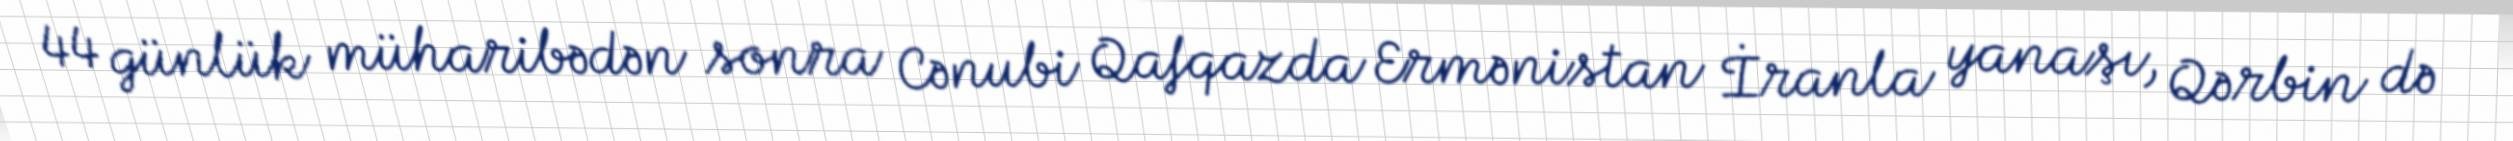
44 günlük müharibədən sonra Cənubi Qafqazda Ermənistan İranla yanaşı, Qərbin də